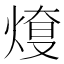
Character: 𤋓